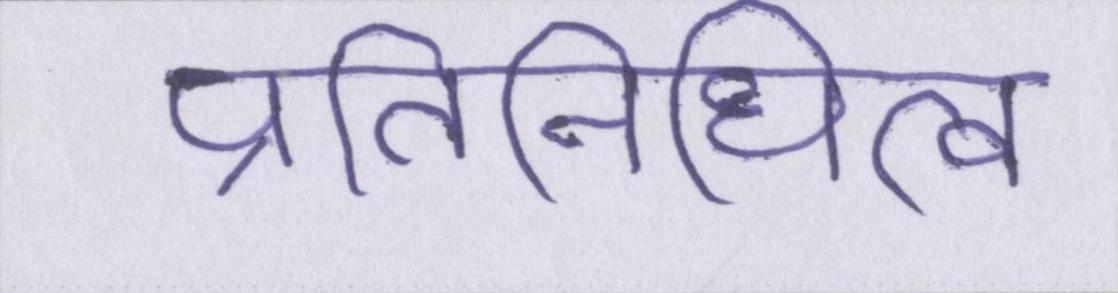
प्रतिनिधित्व